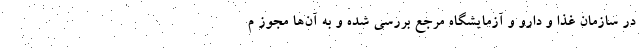
در سازمان غذا و دارو و آزمایشگاه مرجع بررسی شده و به آن‌ها مجوز م